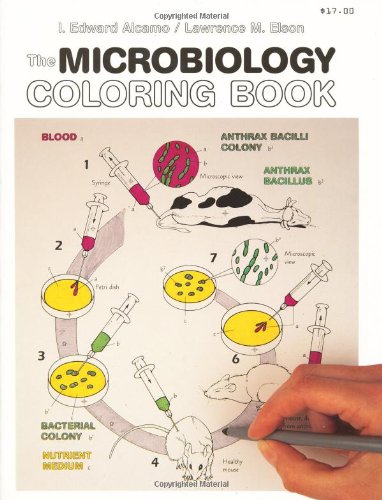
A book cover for The Microbiology Coloring Book; I. Edward Alcamo; Medical Books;